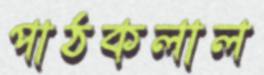
পাঠকলাল